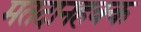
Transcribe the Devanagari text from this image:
मतदानहक्क